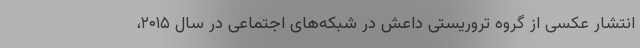
انتشار عکسی از گروه تروریستی داعش در شبکه‌های اجتماعی در سال ۲۰۱۵،